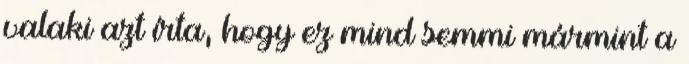
valaki azt írta, hogy ez mind semmi mármint a